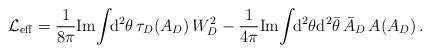
LaTeX: \begin{align*}{\cal L}_{\rm eff}= \frac{1}{8\pi}{\rm Im}\!\int\!\! {\rm d}^2\theta \,\tau_D(A_D)\,W^2_D-\frac{1}{4\pi}{\rm Im}\!\int\!\! {\rm d}^2\theta {\rm d}^2\bar\theta\,\bar A_D\,A (A_D)\,.\end{align*}